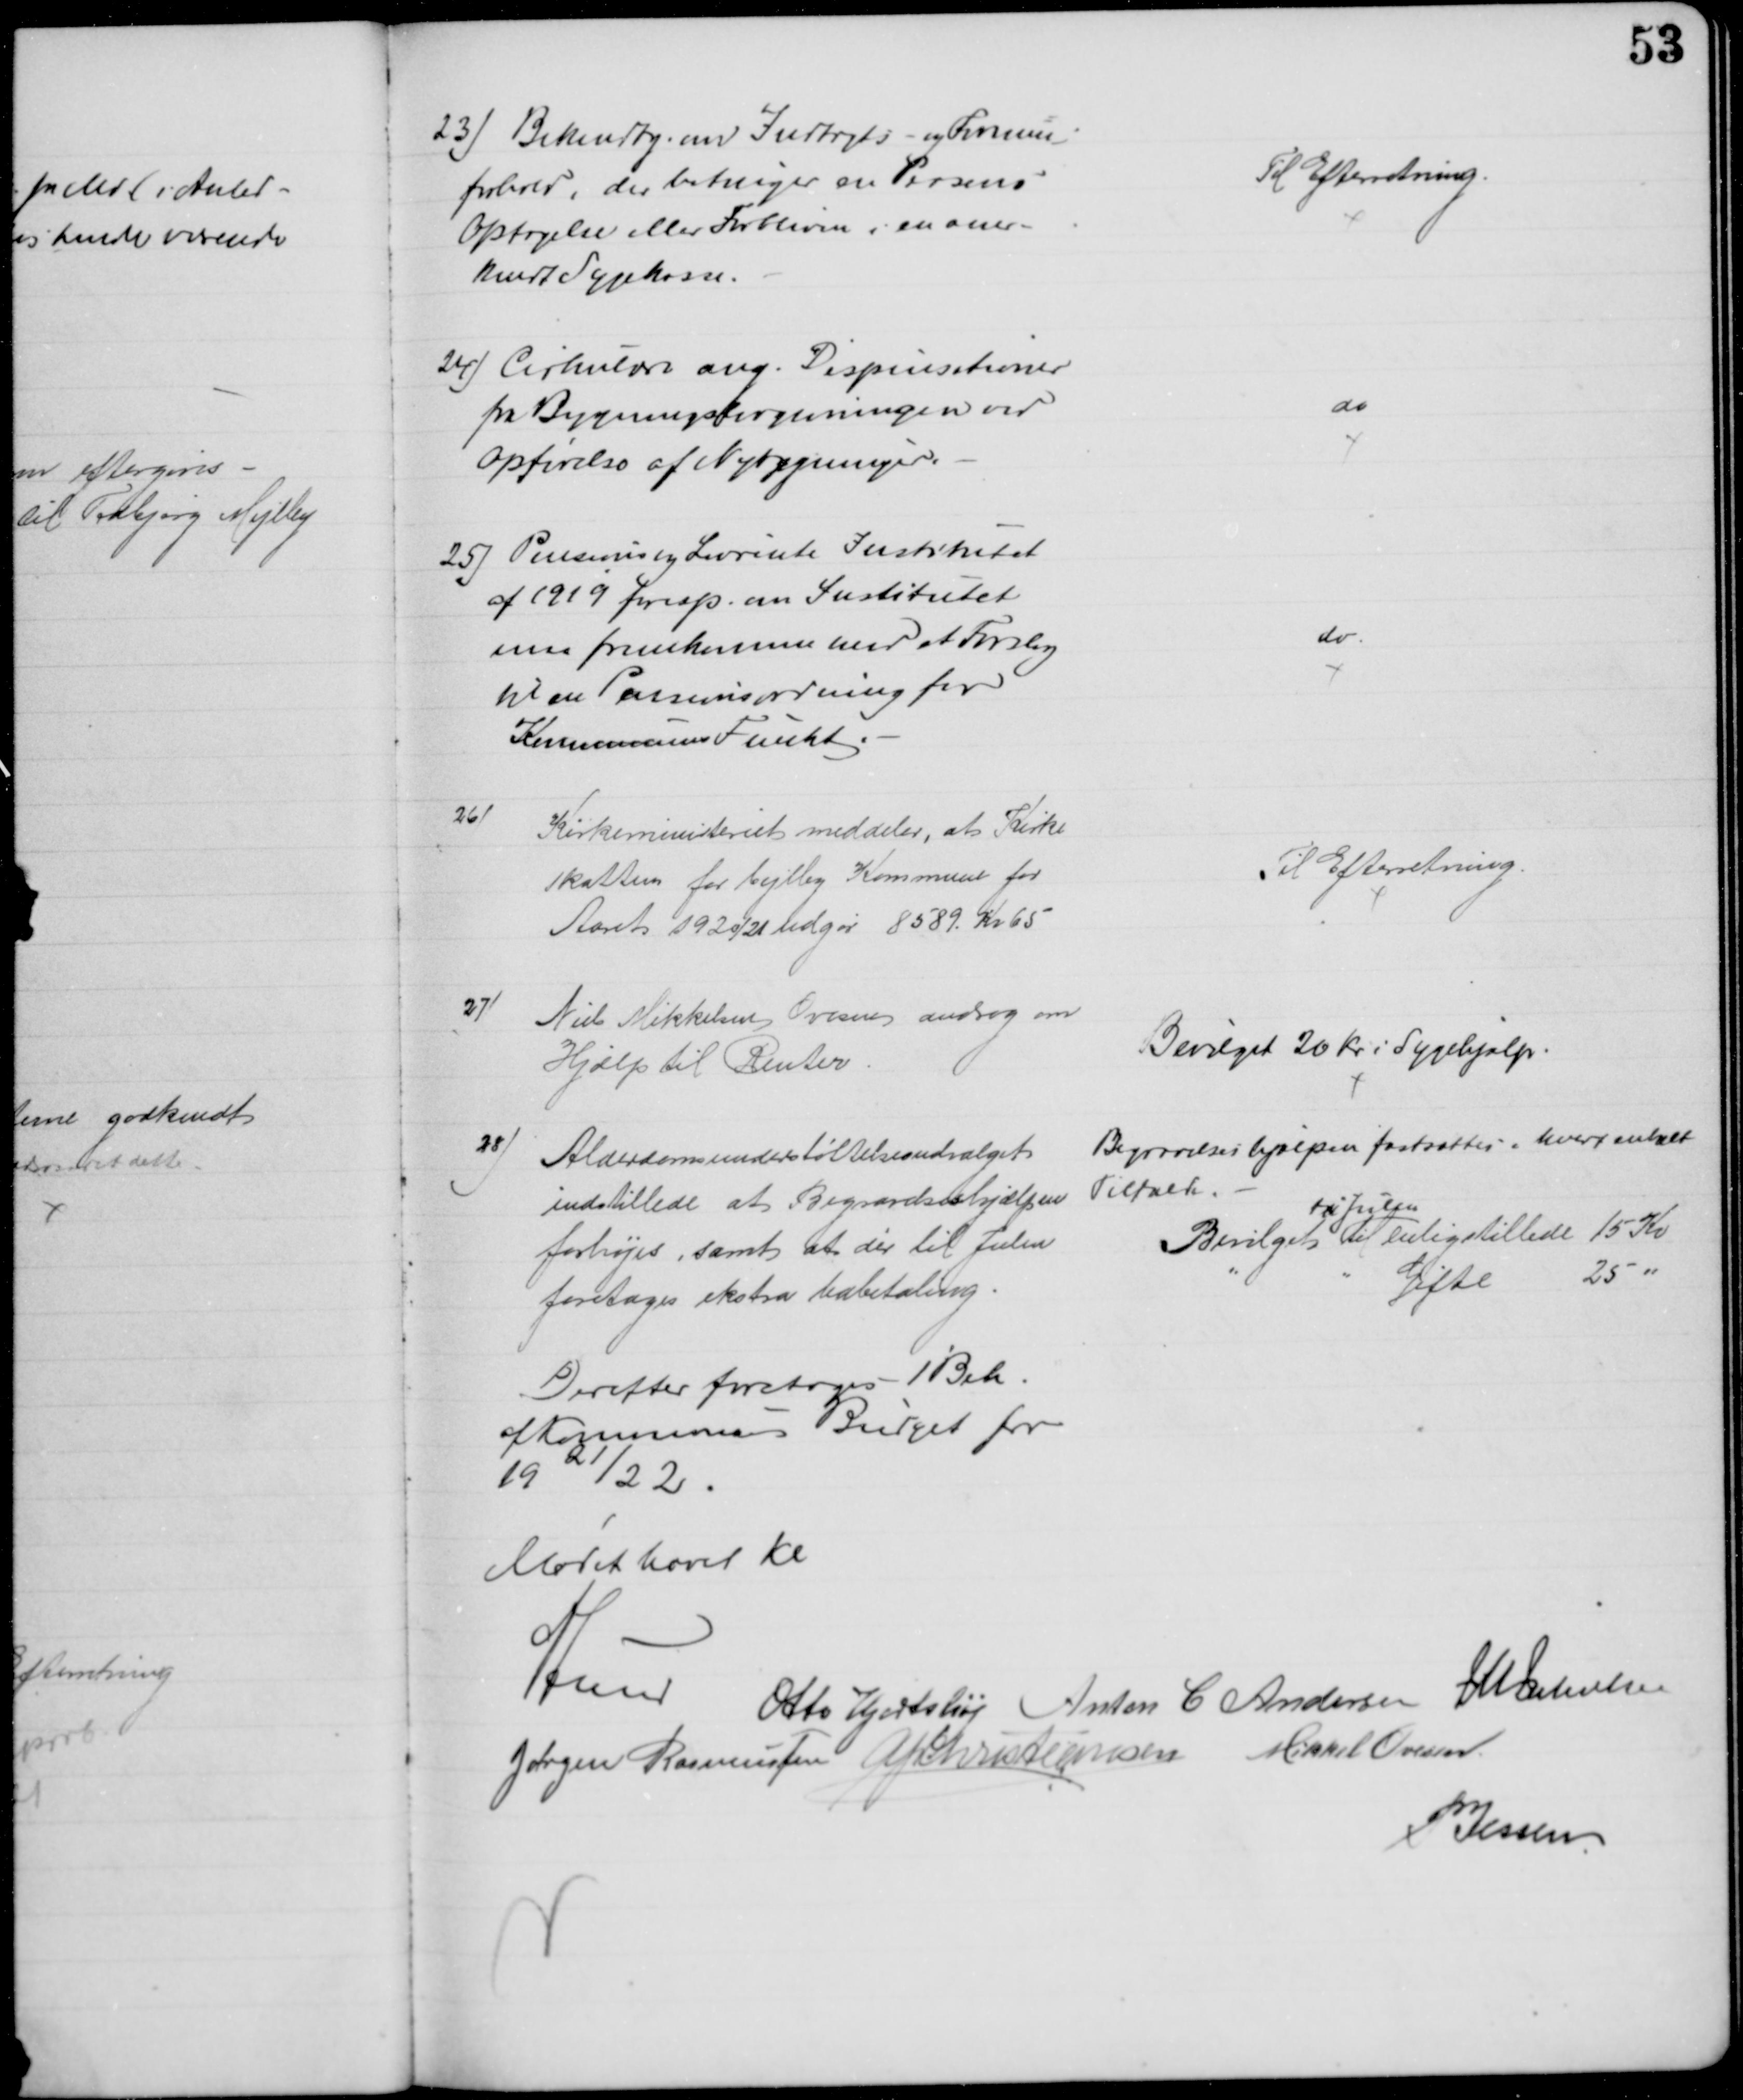
Transskription:
23) Bekendtg. om Indtægts- og Formue-
forhold, der betinger en Persons
Optagelse eller Forbliven i en aner-
kendt Sygekasse.
Til Efterretning.
24) Cirkulære ang. Dispensationer
fra Bygningslovgivningen ved
Opførelse af Nybygninger.
do
25) Pensions og Livrente Institutet
af 1919 foresp. om Institutet
maa fremkomme med et Forslag
til en Pensionsordning for
Kommunens Funkt.
do
26)
Kirkeministeriet meddeler, at Kirke
skatten for Vejlby Kommune for
Aaret 1920/21 udgør 8589 Kr 65
Til Efterretning.
27)
Niels Mikkelsen Ovesen androg om
Hjælp til Renter
Bevilget 20 Kr i Sygehjælp.
28)
Alderdomsunderstøttelsesudvalget
indstillede at Begravelseshjælpen
forhøjes, samt at der til Julen
foretages ekstra Udbetaling
Begravelseshjælpen fastsættes i hvert enkelt
Tilfælde. 
Bevilget 
til Julen
enligstillede 15 Kr
Gifte 
25 
Derefter foretoges 1 Beh.
af Kommunens Budget for
1921/22.
Mødet hævet Kl
A Lund Otto Hjortshøj Anton C Andersen J M Jakobsen
Jørgen Rasmussen A P Christiansen Mikkel Ovesen
P. Jessen